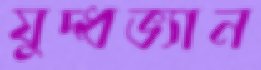
যুদ্ধভ্যান